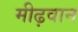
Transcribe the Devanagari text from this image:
मीढ़वान